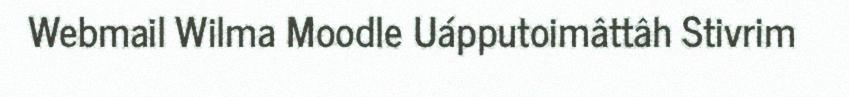
Webmail Wilma Moodle Uápputoimâttâh Stivrim